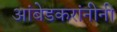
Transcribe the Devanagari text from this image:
आंबेडकरांनीनी